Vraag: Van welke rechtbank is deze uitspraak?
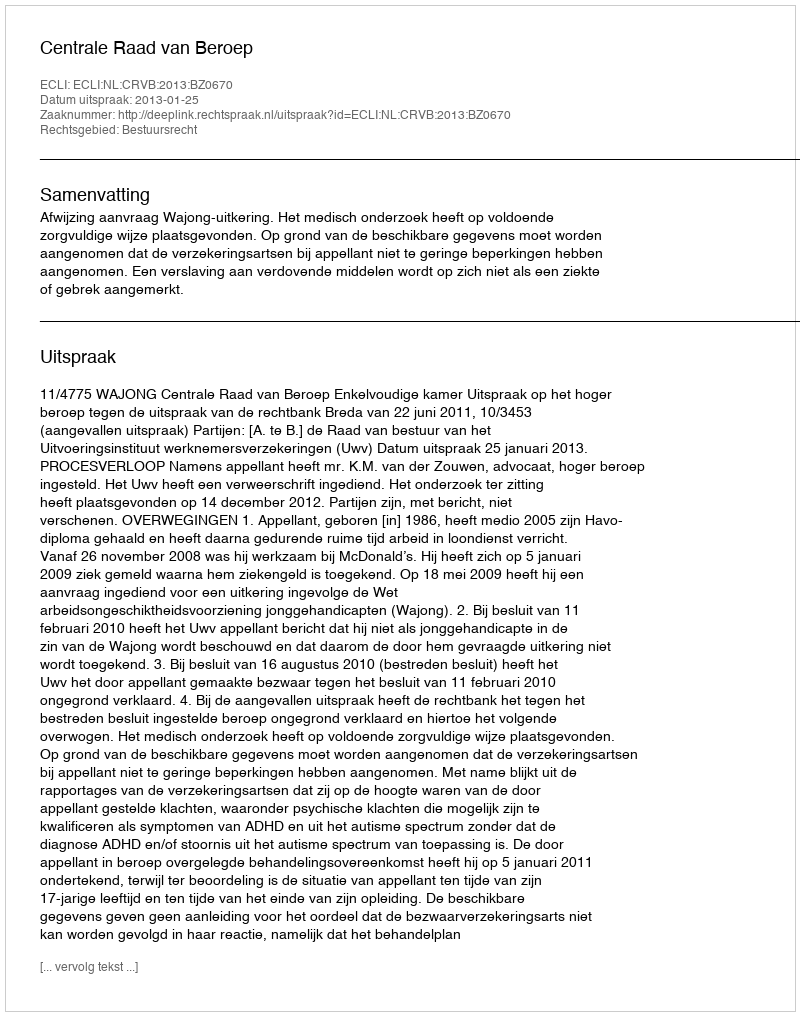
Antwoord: Centrale Raad van Beroep